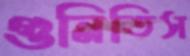
গুনিতিস